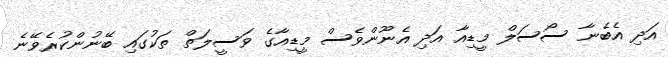
އަދި އެބެނާ ސޯސަލް މީޑިއާ އަދި އެނޫންވެސް މީޑިއާގެ ވަސީލަތް ތަކުގައި ބޭނުންކުރެވޭނެ